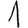
Digit: 1